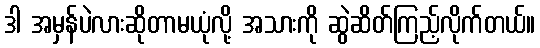
ဒါ အမှန်ပဲလားဆိုတာမယုံလို့ အသားကို ဆွဲဆိတ်ကြည့်လိုက်တယ်။